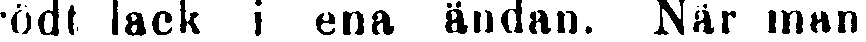
ödt lack i ena ändan. När man